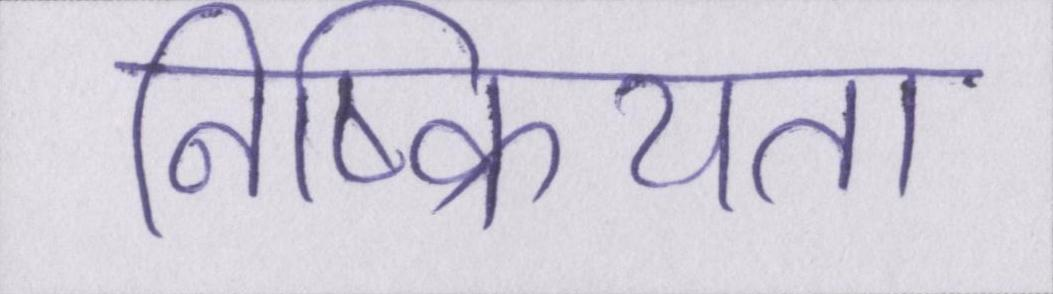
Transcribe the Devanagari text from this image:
निष्क्रियता